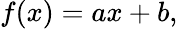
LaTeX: f(x)=ax+b,